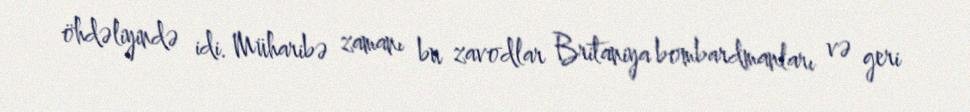
öhdəliyində idi. Müharibə zamanı bu zavodlar Britaniya bombardmanları və geri